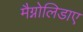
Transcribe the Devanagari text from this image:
मैग्नोलिडाए